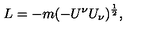
L = - m ( - U ^ { \nu } U _ { \nu } ) ^ { \frac { 1 } { 2 } } ,